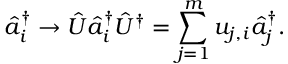
\hat { a } _ { i } ^ { \dag } \rightarrow \hat { U } \hat { a } _ { i } ^ { \dag } \hat { U } ^ { \dag } = \sum _ { j = 1 } ^ { m } u _ { j , i } \hat { a } _ { j } ^ { \dag } .